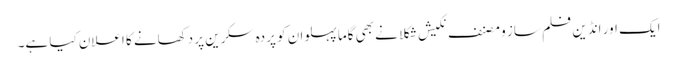
ایک اور انڈین فلم ساز و مصنف نکیش شکلا نے بھی گاما پہلوان کو پردہ سکرین پر دکھانے کا اعلان کیا ہے۔